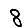
Digit: 8